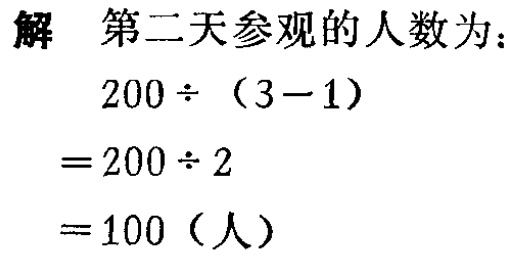
解 第二天参观的人数为：
\[
\begin{align*}
&200\div(3 - 1)\\
=&200\div2\\
=&100 \text{（人）}
\end{align*}
\]